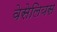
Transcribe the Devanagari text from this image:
वेसेलियस